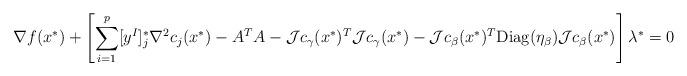
LaTeX: \begin{align*} \begin{array}{l} \nabla f(x^*)+\left[\displaystyle \sum_{i=1}^p[y^I]^*_j\nabla^2 c_j(x^*)-A^TA-{\cal J}c_{\gamma}(x^*)^T{\cal J}c_{\gamma}(x^*)-{\cal J}c_{\beta}(x^*)^T{\rm Diag}(\eta_{\beta}){\cal J}c_{\beta}(x^*)\right]\lambda^*=0 \end{array} \end{align*}